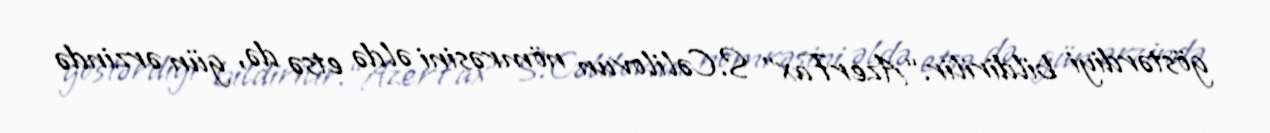
göstərdiyi bildirilir.“AzerFax” S.Cəlilovun nömrəsini əldə etsə də, gün ərzində